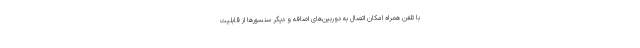
با تلفن همراه امکان اتصال به دوربین‌های اضافه و دیگر سنسورها از قابلیت